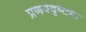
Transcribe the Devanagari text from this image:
प्रणयदृष्ट्या